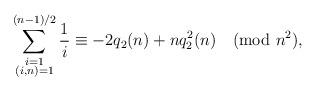
LaTeX: \begin{align*}\sum_{\substack{i=1\\ (i,n)=1}}^{(n-1)/2} \frac{1}{i} \equiv -2q_2(n)+nq_2^2(n) \pmod{n^2},\end{align*}